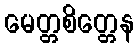
မေတ္တစိတ္တေန